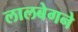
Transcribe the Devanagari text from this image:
लालबेगने